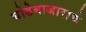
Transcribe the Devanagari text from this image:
घोडेबाजाराचे